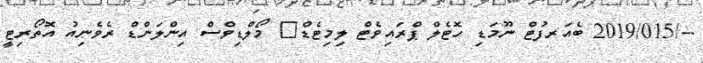
--/2019/015 ބެއަރފުޓް ނޫމަޑި ހޮޓެލް ޕްރައިވެޓް ލިމިޓެޑް	 މޯލްޑިވްސް އިންލަންޑް ރެވެނިއު އޮތޯރިޓީ